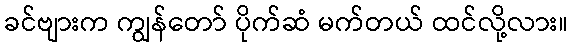
ခင်ဗျားက ကျွန်တော် ပိုက်ဆံ မက်တယ် ထင်လို့လား။